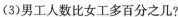
(3)男工人数比女工多百分之几?